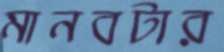
মানবটার